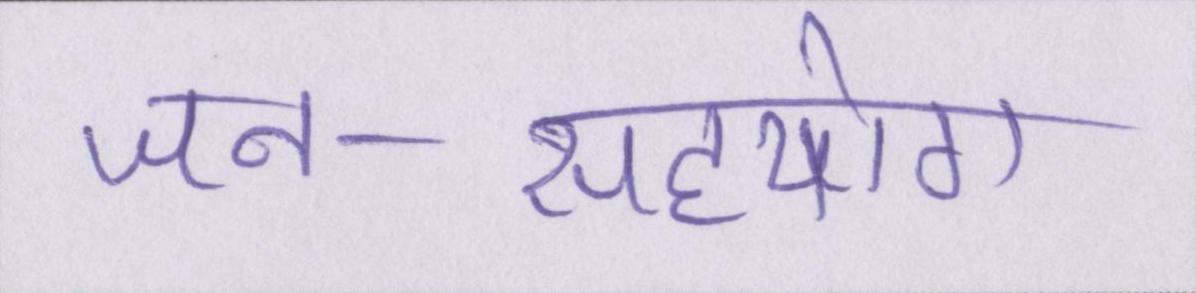
जन-सहयोग